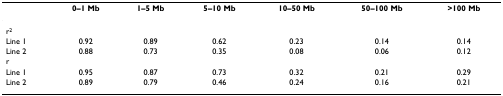
<table><thead><tr><td></td><td><b>0–1 Mb</b></td><td><b>1–5 Mb</b></td><td><b>5–10 Mb</b></td><td><b>10–50 Mb</b></td><td><b>50–100 Mb</b></td><td><b>&gt;100 Mb</b></td></tr></thead><tbody><tr><td>r<sup>2</sup></td><td></td><td></td><td></td><td></td><td></td><td></td></tr><tr><td>Line 1</td><td>0.92</td><td>0.89</td><td>0.62</td><td>0.23</td><td>0.14</td><td>0.14</td></tr><tr><td>Line 2</td><td>0.88</td><td>0.73</td><td>0.35</td><td>0.08</td><td>0.06</td><td>0.12</td></tr><tr><td>r</td><td></td><td></td><td></td><td></td><td></td><td></td></tr><tr><td>Line 1</td><td>0.95</td><td>0.87</td><td>0.73</td><td>0.32</td><td>0.21</td><td>0.29</td></tr><tr><td>Line 2</td><td>0.89</td><td>0.79</td><td>0.46</td><td>0.24</td><td>0.16</td><td>0.21</td></tr></tbody></table>